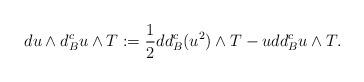
LaTeX: \begin{align*}du\wedge d^c_B u\wedge T:=\frac{1}{2} dd^c_B (u^2)\wedge T- udd^c_B u\wedge T.\end{align*}